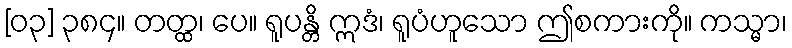
[၀၃] ၃၈၄။ တတ္ထ၊ ပေ။ ရူပန္တိ ဣဒံ၊ ရူပံဟူသော ဤစကားကို။ ကသ္မာ၊